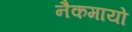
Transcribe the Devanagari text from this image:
नैकमायो